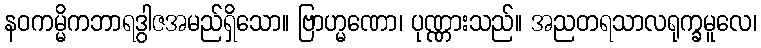
နဝကမ္မိကဘာရဒွါဇအမည်ရှိသော။ ဗြာဟ္မဏော၊ ပုဏ္ဏားသည်။ အညတရသာလရုက္ခမူလေ၊